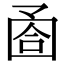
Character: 𡇶